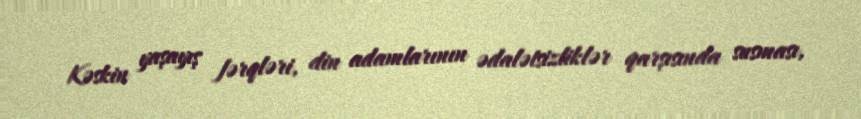
Kəskin yaşayış fərqləri, din adamlarının ədalətsizliklər qarşısında susması,